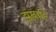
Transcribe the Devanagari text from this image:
झंखाहिं